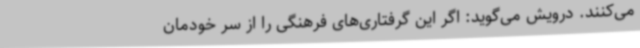
می‌کنند. درویش می‌گوید: اگر این گرفتاری‌های فرهنگی را از سر خودمان